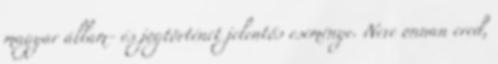
magyar állam- és jogtörténet jelentős eseménye. Neve onnan ered,